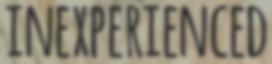
INEXPERIENCED